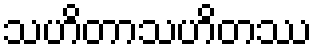
သဟိတာသဟိတဿ